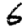
Digit: 6